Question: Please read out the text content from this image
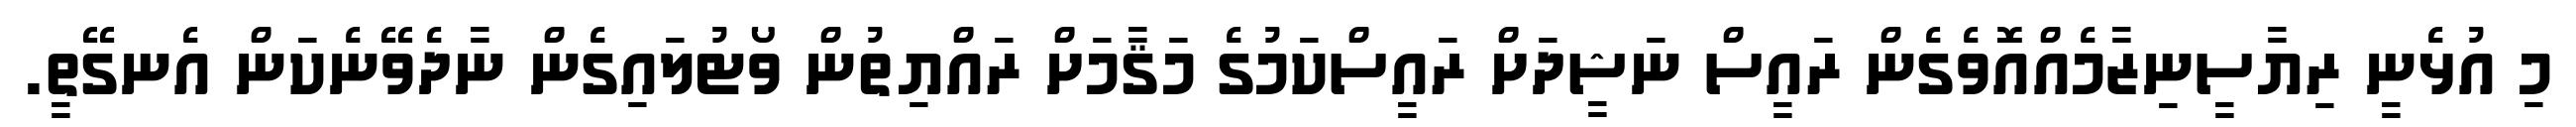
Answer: މި އުޅެނީ ރިޔާސީނިޒާމެއްއޮވެގެން ރައީސް ނަޝީދަށް ރައީސްކަމުގެ މަޤާމަށް ރައްޔިތުން ވޯޓުލައިގެން ނާދެވޭނެކަން އެނގޭތީ.